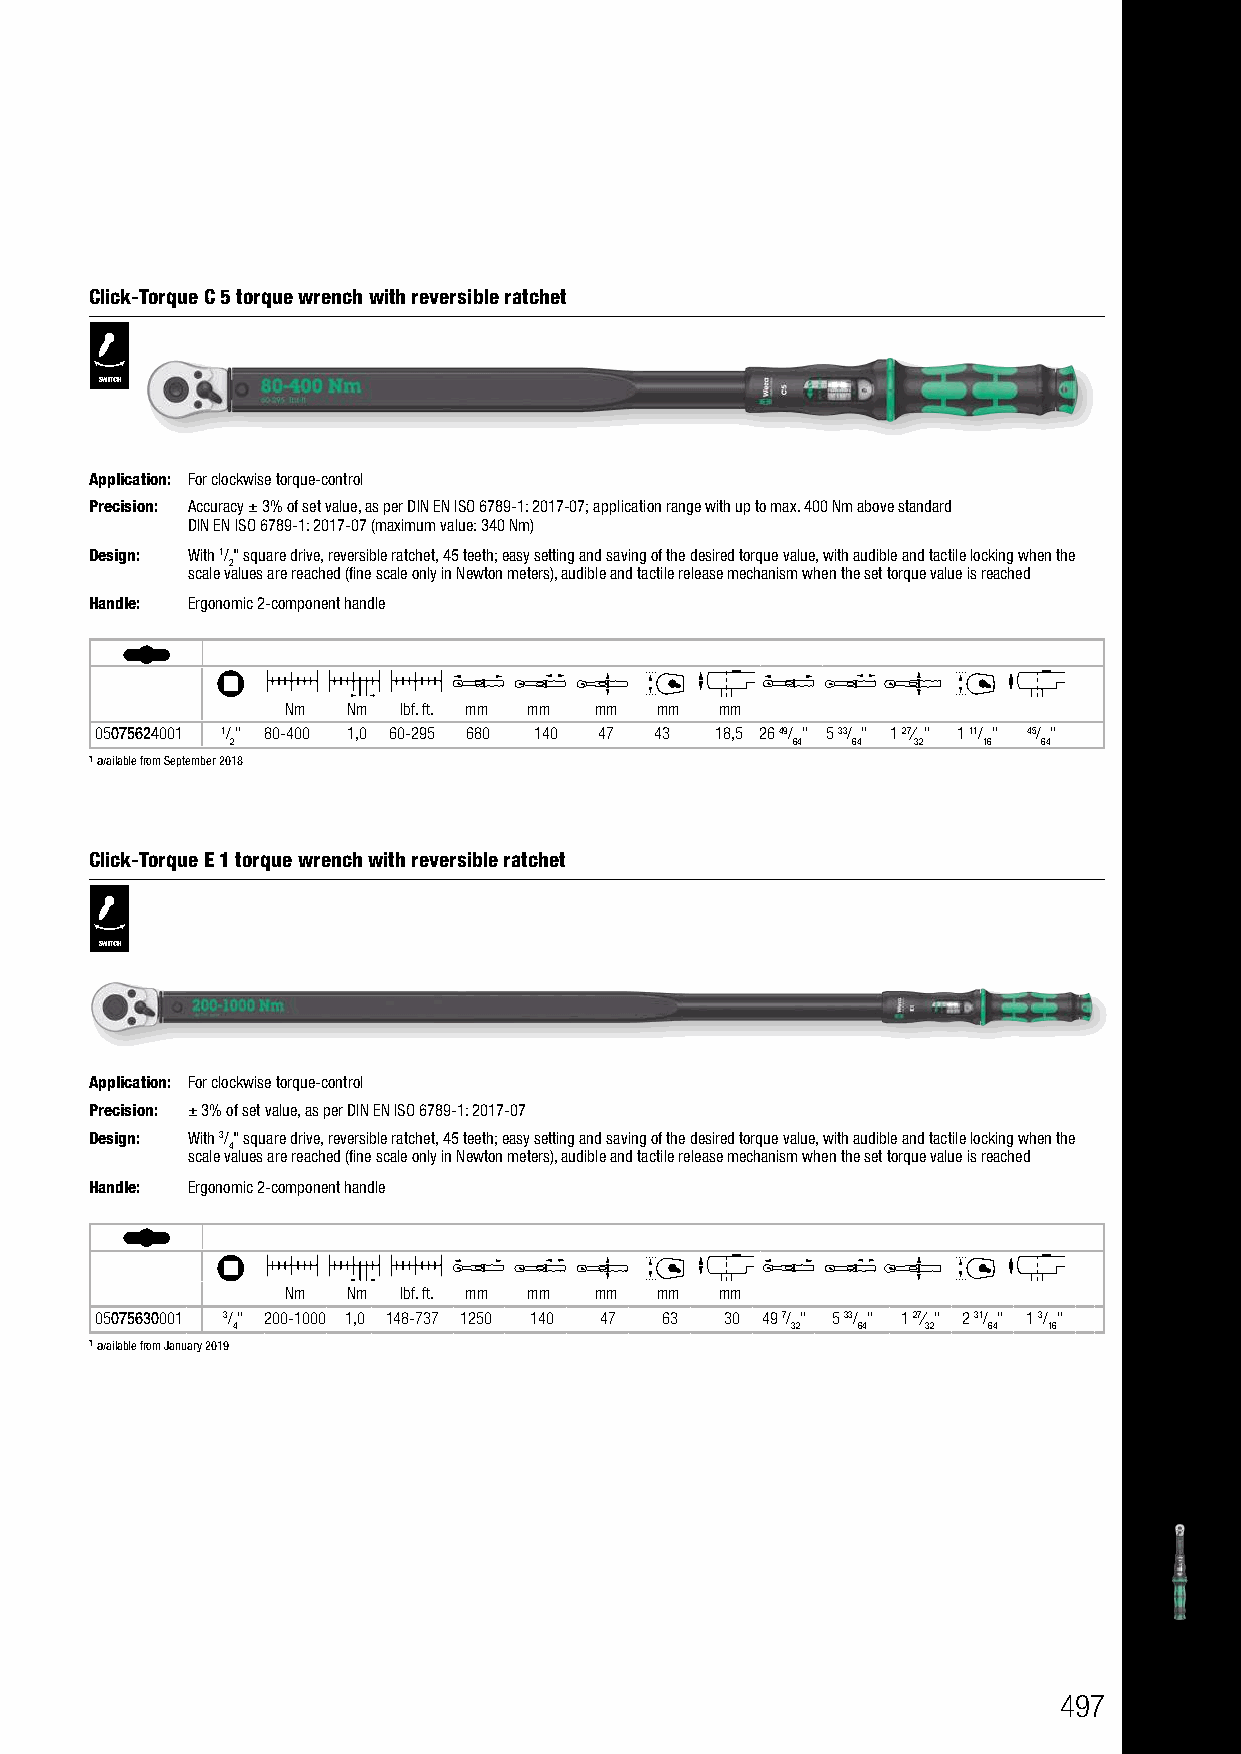
Click-Torque C 5 torque wrench with reversible ratchet
 SWITCH
 Application: For clockwise torque-control
 Precision: Accuracy ± 3% of set value, as per DIN EN ISO 6789-1: 2017-07; application range with up to max. 400 Nm above standard
 DIN EN ISO 6789-1: 2017-07 (maximum value: 340 Nm)
 Design: With 1/" square drive, reversible ratchet, 45 teeth; easy setting and saving of the desired torque value, with audible and tactile locking when the
 2
 scale values are reached (fine scale only in Newton meters), audible and tactile release mechanism when the set torque value is reached
 Handle: Ergonomic 2-component handle
 Nm  Nm lbf. ft. mm mm mm mm  mm
 05075624001 1/" 80-400 1,0 60-295 680 140 47 43 18,5 26 49/ " 5 33/ " 1 27⁄ " 1 11/ " 45/ "
 2                                    64  64  32   16  64
 *)available from September 2018
 Click-Torque E 1 torque wrench with reversible ratchet
 SWITCH
 Application: For clockwise torque-control
 Precision: ± 3% of set value, as per DIN EN ISO 6789-1: 2017-07
 Design: With 3/" square drive, reversible ratchet, 45 teeth; easy setting and saving of the desired torque value, with audible and tactile locking when the
 4
 scale values are reached (fine scale only in Newton meters), audible and tactile release mechanism when the set torque value is reached
 Handle: Ergonomic 2-component handle
 Nm  Nm lbf. ft. mm mm mm mm  mm
 05075630001 3/" 200-1000 1,0 148-737 1250 140 47 63 30 49 7/ " 5 33/ " 1 27⁄ " 2 31/ " 1 3/ "
 4                                    32   64  32  64  16
 *)available from January 2019
 497